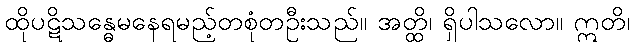
ထိုပဋိသန္ဓေမနေရမည့်တစုံတဦးသည်။ အတ္ထိ၊ ရှိပါသလော။ ဣတိ၊